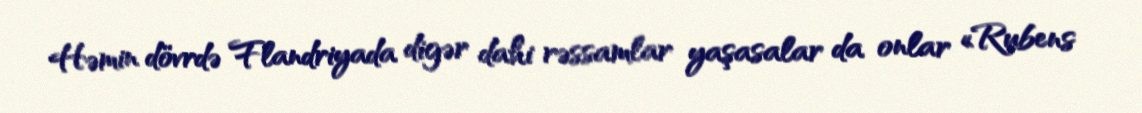
Həmin dövrdə Flandriyada digər dahi rəssamlar yaşasalar da onlar «Rubens